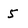
Character: 5